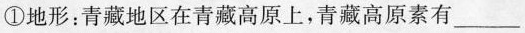
①地形：青藏地区在青藏高原上，青藏高原素有___